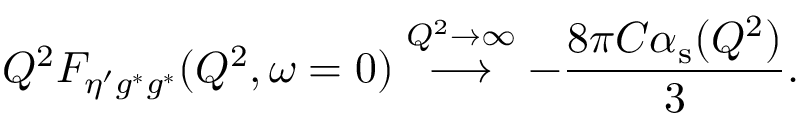
Q ^ { 2 } F _ { \eta ^ { \prime } g ^ { * } g ^ { * } } ( Q ^ { 2 } , \omega = 0 ) \stackrel { Q ^ { 2 } \to \infty } { \longrightarrow } - \frac { 8 \pi C \alpha _ { \mathrm { s } } ( Q ^ { 2 } ) } { 3 } .